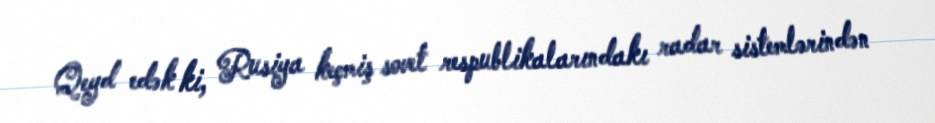
Qeyd edək ki, Rusiya keçmiş sovet respublikalarındakı radar sistemlərindən